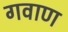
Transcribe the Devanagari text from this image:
गवाण